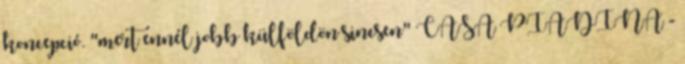
koncepció. "mert ennél jobb külföldön sincsen" CASA PIADINA -